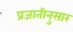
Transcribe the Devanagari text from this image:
प्रजातीनुसार